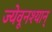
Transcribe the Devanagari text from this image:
ज्येवूनश्यान्